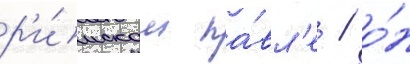
р'и́мском па́вл'е / о́н